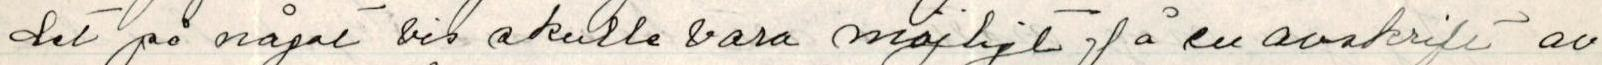
det på något vis skulle vara möjligt på en avskrift av